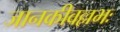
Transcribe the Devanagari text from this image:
जानकीवल्लभः